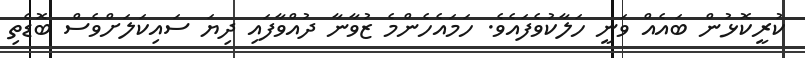
ކުރީކޮޅުން ބައެއް ވަނީ ހަލާކުވެފައެވެ. ހަމައެހެންމެ ޒުވާނާ ދުއްވާފައި ދިޔަ ސައިކަލަށްވެސް ބޮޑެތި